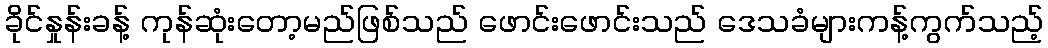
ခိုင်နှုန်းခန့် ကုန်ဆုံးတော့မည်ဖြစ်သည် ဖောင်းဖောင်းသည် ဒေသခံများကန့်ကွက်သည့်